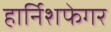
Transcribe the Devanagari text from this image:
हार्निशफेगर